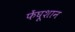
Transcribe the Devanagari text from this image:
फेंघूशान